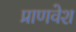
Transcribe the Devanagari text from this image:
प्राणवेश